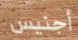
أجنيس